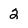
Character: 2